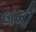
બલી